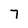
Character: 7